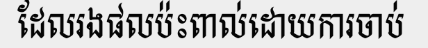
ដែលរងផលប៉ះពាល់ដោយការចាប់